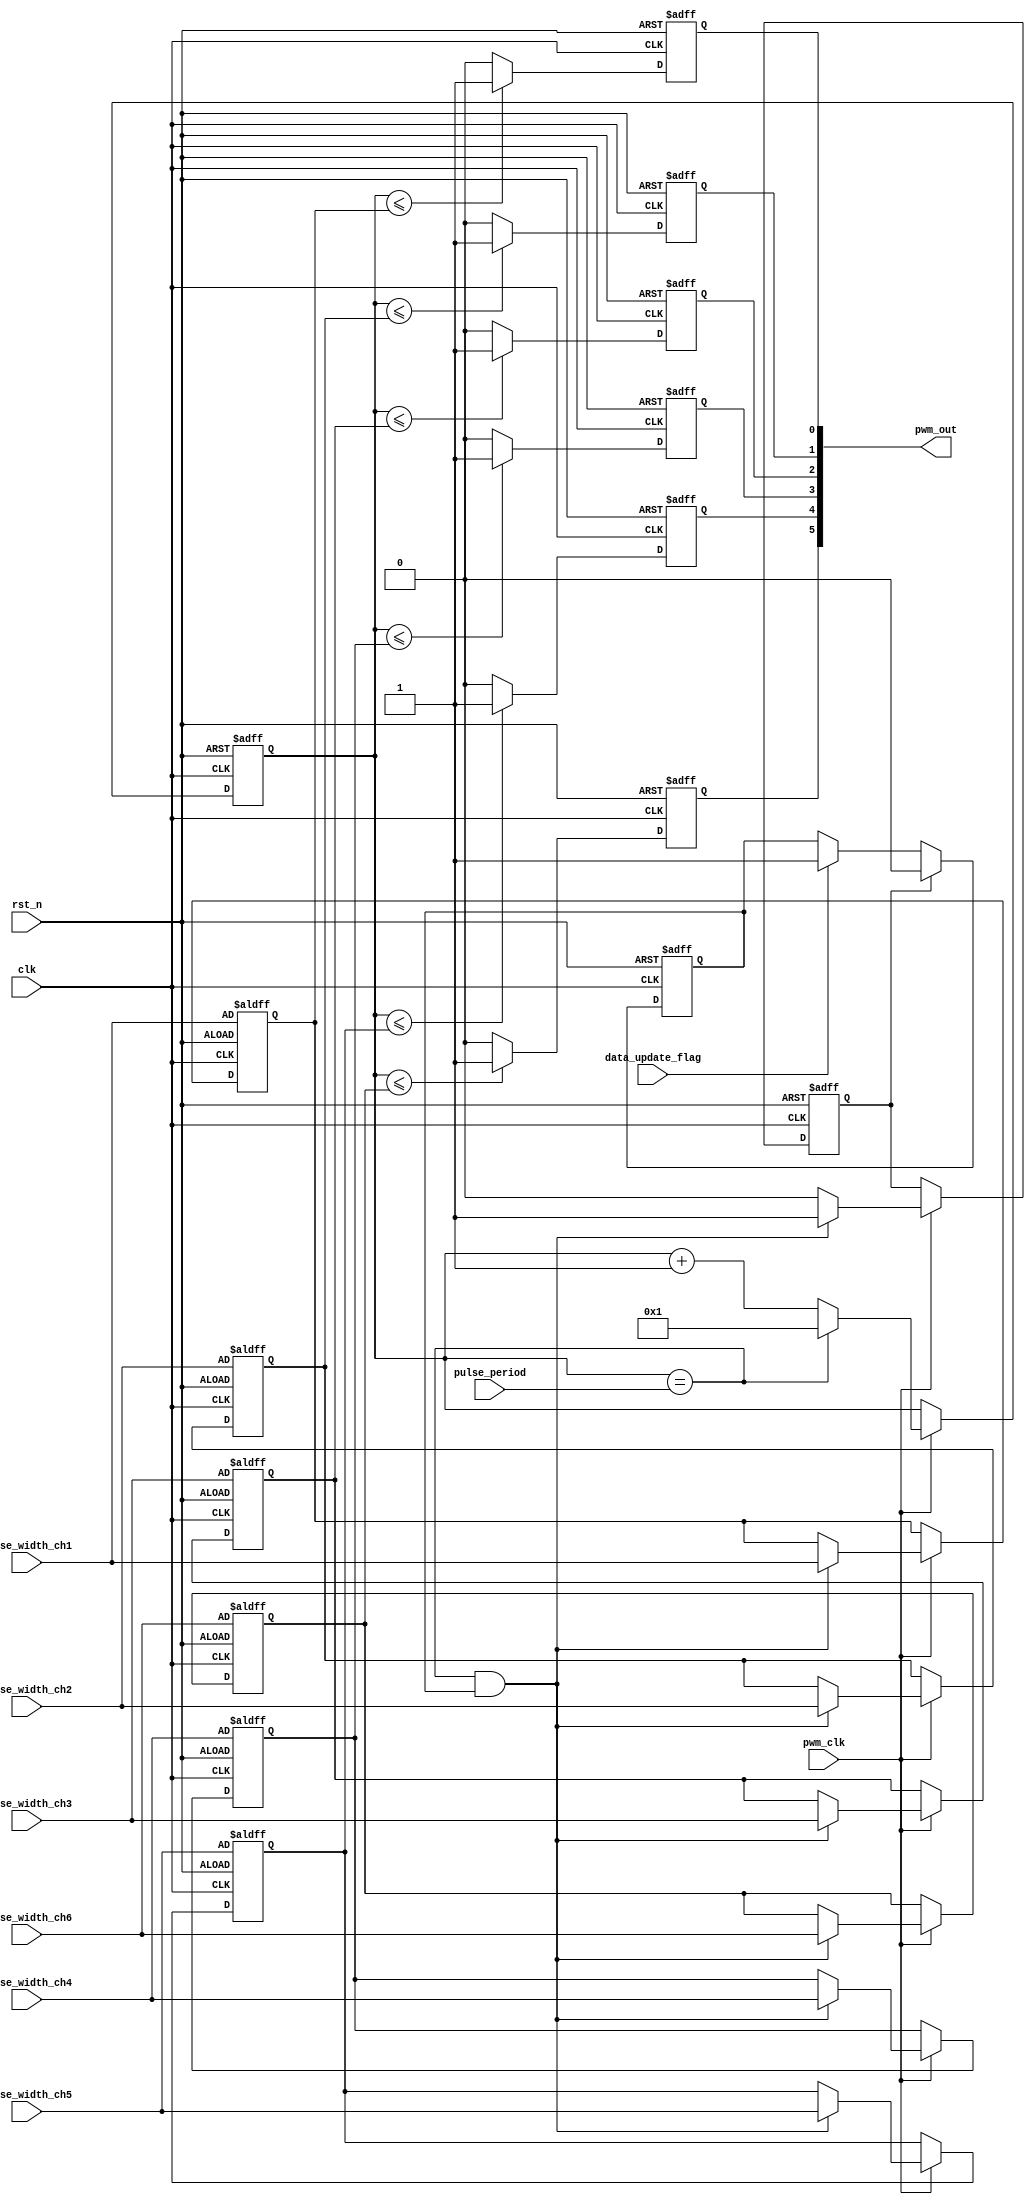
/**************************************************************************
--Module Name:  pwm_gen_servo
--Author     :  Jin
--Description:  6 channels pulse width modulation signal generator for servo
                1MHz PWM clk
                xxx xxx xxx xxx
--History    :  2015-04-10  Created by Jin.
                           

***************************************************************************/
`timescale 1ns/100ps
`define  WORDSIZE 15

module  pwm_gen_servo 
(
  input  wire        clk               ,  // default 24MHz
  input  wire        rst_n             , 
  input  wire        pwm_clk           ,  // 1MHz pwm capturing clock---1us resolution 
  
  input  wire [`WORDSIZE-1:0] pulse_period      ,  // pulse period of pwm signal.1 LSB = 1us .20000us for Futaba ,JR,Hiltec servo
  
  input  wire [`WORDSIZE-1:0] pulse_width_ch1   ,  // pulse width of pwm signal for channel 1. 1 LSB= 1us
  input  wire [`WORDSIZE-1:0] pulse_width_ch2   ,
  input  wire [`WORDSIZE-1:0] pulse_width_ch3   ,
  input  wire [`WORDSIZE-1:0] pulse_width_ch4   ,
  input  wire [`WORDSIZE-1:0] pulse_width_ch5   ,
  input  wire [`WORDSIZE-1:0] pulse_width_ch6   ,
  
  input  wire        data_update_flag , // high level pulse means all 6 new pulse width data have been arrived
  
  output reg  [5:0]  pwm_out   

);

//-------------------------------------------------------------------------
  reg  [`WORDSIZE-1:0]  pulse_period_counter    ;
  
  reg  [`WORDSIZE-1:0]  pulse_width_channel1    ;
  reg  [`WORDSIZE-1:0]  pulse_width_channel2    ;
  reg  [`WORDSIZE-1:0]  pulse_width_channel3    ;
  reg  [`WORDSIZE-1:0]  pulse_width_channel4    ;
  reg  [`WORDSIZE-1:0]  pulse_width_channel5    ;
  reg  [`WORDSIZE-1:0]  pulse_width_channel6    ;
  
  reg  data_ready;
  reg  data_ready_clear;
  
 //-------------------------------------------------------------------------
     /* if 6 pwm width datas arrive acrossing the pulse_period ,
	   * then some channel will be updated 20ms later ,so we have to
		* make sure all 6 channels to be updated at the same time
		*/
 	   always @ (posedge clk or negedge rst_n)
        if(!rst_n)
		     data_ready <= 1'b0;
		  else if(data_ready_clear)
		     data_ready <= 1'b0;
		  else if(data_update_flag)
		     data_ready <= 1'b1;
 //-------------------------------------------------------------------------
                     /* pulse period Timer */
	   always @ (posedge clk or negedge rst_n)
        if(!rst_n)
		     pulse_period_counter <= `WORDSIZE'd1;
		  else begin
		         if( pwm_clk )
					   begin
			           if(pulse_period_counter == pulse_period )
				           pulse_period_counter <= `WORDSIZE'd1;
				        else 
					        pulse_period_counter <= pulse_period_counter + `WORDSIZE'd1;					  
			         end
              end
 //-------------------------------------------------------------------------
           /* pulse width load at the end of every period of pulse */
    always @ (posedge clk or negedge rst_n)
	   begin
		   if(!rst_n)
			      begin
				     pulse_width_channel1 <= pulse_width_ch1;
					  pulse_width_channel2 <= pulse_width_ch2;
					  pulse_width_channel3 <= pulse_width_ch3;
				     pulse_width_channel4 <= pulse_width_ch4;
					  pulse_width_channel5 <= pulse_width_ch5;
					  pulse_width_channel6 <= pulse_width_ch6;
					  data_ready_clear <= 1'b0;
				   end
			else if(pwm_clk)
			        begin
			            if((pulse_period_counter == pulse_period) && (data_ready == 1'b1)) // make sure all 6 channel updated at the same time
			               begin
					            pulse_width_channel1 <= pulse_width_ch1;
						         pulse_width_channel2 <= pulse_width_ch2;
						         pulse_width_channel3 <= pulse_width_ch3;
						         pulse_width_channel4 <= pulse_width_ch4;
						         pulse_width_channel5 <= pulse_width_ch5;
						         pulse_width_channel6 <= pulse_width_ch6;	
									data_ready_clear <= 1'b1;
		                   end	
			            else
	                    data_ready_clear <= 0;						
			        end
		end 
 //-------------------------------------------------------------------------
  always @ (posedge clk or negedge rst_n)
	   begin
		   if(!rst_n)
			   pwm_out[0] <= 1'd0 ;
			else 
			    begin
			      if(pulse_period_counter <= pulse_width_channel1)
			         pwm_out[0] <= 1'd1 ;
               else 
                  pwm_out[0] <= 1'd0 ;					
			    end
		end  
 //-------------------------------------------------------------------------
 always @ (posedge clk or negedge rst_n)
	   begin
		   if(!rst_n)
			   pwm_out[1] <= 1'd0 ;
			else 
			    begin
			      if(pulse_period_counter <= pulse_width_channel2)
			         pwm_out[1] <= 1'd1 ;
               else 
                  pwm_out[1] <= 1'd0 ;					
			    end
		end  
 //-------------------------------------------------------------------------
  always @ (posedge clk or negedge rst_n)
	   begin
		   if(!rst_n)
			   pwm_out[2] <= 1'd0 ;
			else 
			    begin
			      if(pulse_period_counter <= pulse_width_channel3)
			         pwm_out[2] <= 1'd1 ;
               else 
                  pwm_out[2] <= 1'd0 ;					
			    end
		end  
 //-------------------------------------------------------------------------
  always @ (posedge clk or negedge rst_n)
	   begin
		   if(!rst_n)
			   pwm_out[3] <= 1'd0 ;
			else 
			    begin
			      if(pulse_period_counter <= pulse_width_channel4)
			         pwm_out[3] <= 1'd1 ;
               else 
                  pwm_out[3] <= 1'd0 ;					
			    end
		end  
 //-------------------------------------------------------------------------
  always @ (posedge clk or negedge rst_n)
	   begin
		   if(!rst_n)
			   pwm_out[4] <= 1'd0 ;
			else 
			    begin
			      if(pulse_period_counter <= pulse_width_channel5)
			         pwm_out[4] <= 1'd1 ;
               else 
                  pwm_out[4] <= 1'd0 ;					
			    end
		end  
 //-------------------------------------------------------------------------
  always @ (posedge clk or negedge rst_n)
	   begin
		   if(!rst_n)
			   pwm_out[5] <= 1'd0 ;
			else 
			    begin
			      if(pulse_period_counter <= pulse_width_channel6)
			         pwm_out[5] <= 1'd1 ;
               else 
                  pwm_out[5] <= 1'd0 ;					
			    end
		end  
 //-------------------------------------------------------------------------
 
endmodule